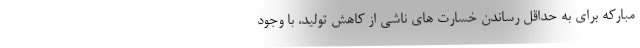
مبارکه برای به حداقل رساندن خسارت های ناشی از کاهش تولید، با وجود